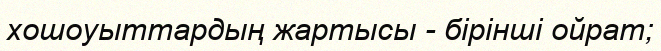
хошоуыттардың жартысы - бірінші ойрат;